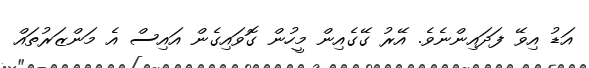
އަޑު އިވޭ ފަދައިންނެވެ. އޭރު ގޭގެއިން މީހުން ގޮވައިގެން އައިސް އެ މަންޒަރުތައް